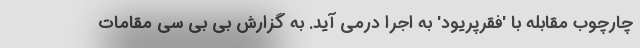
چارچوب مقابله با 'فقرپریود' به اجرا درمی آید. به گزارش بی بی سی مقامات